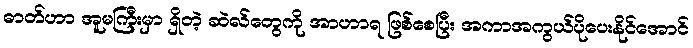
ဓာတ်ဟာ အူမကြီးမှာ ရှိတဲ့ ဆဲလ်တွေကို အာဟာရ ဖြစ်စေပြီး အကာအကွယ်ပိုပေးနိုင်အောင်